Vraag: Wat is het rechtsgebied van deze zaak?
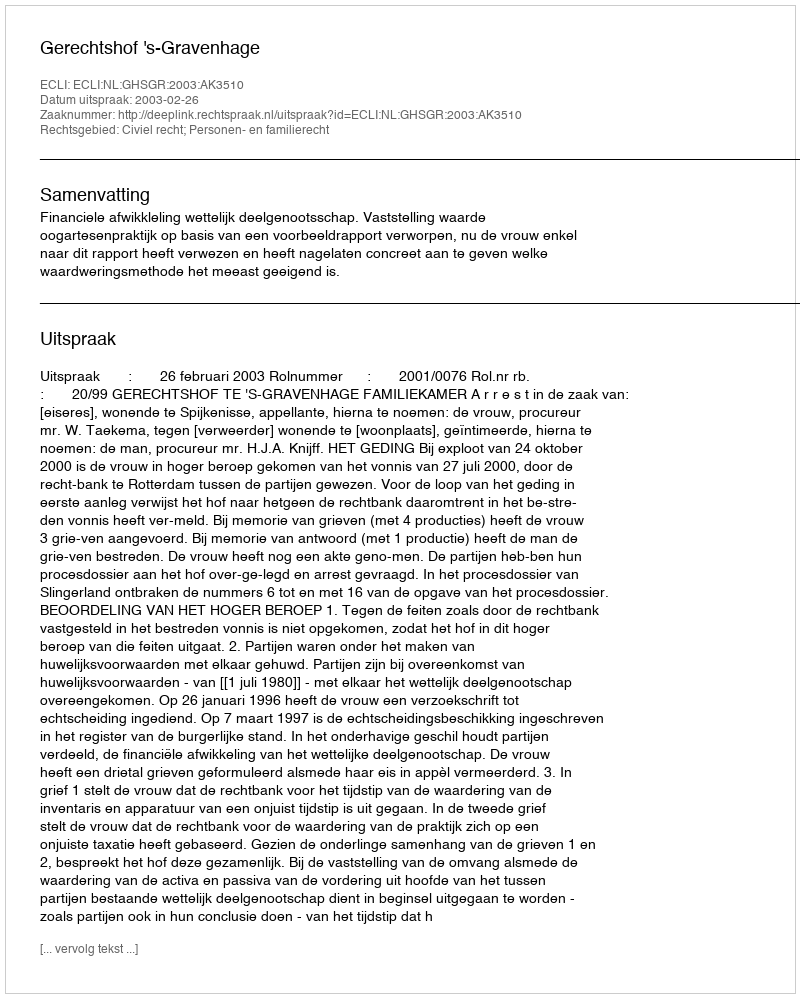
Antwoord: Civiel recht; Personen- en familierecht